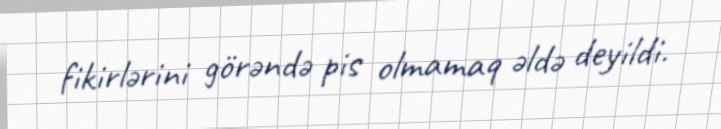
fikirlərini görəndə pis olmamaq əldə deyildi.